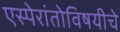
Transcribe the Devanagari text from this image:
एस्पेरांतोविषयीचे